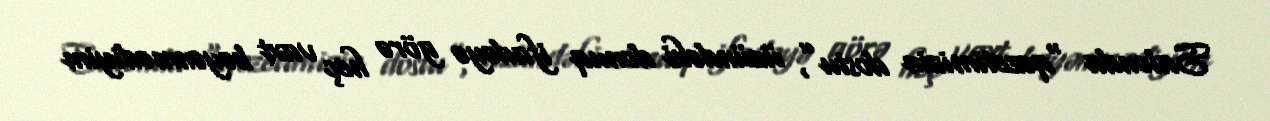
Salonda “qəzetimizin dostu”, üzündəki donuq ifadəyə görə heç vaxt bəyənmədiyim